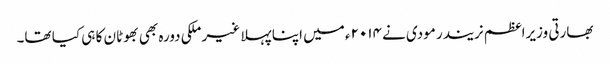
بھارتی وزیراعظم نریندر مودی نے ۲۰۱۴ء میں اپنا پہلا غیر ملکی دورہ بھی بھوٹان کا ہی کیا تھا۔